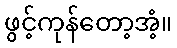
ဖွင့်ကုန်တော့အံ့။